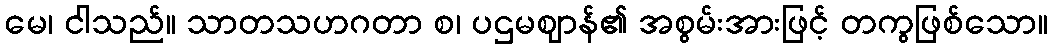
မေ၊ ငါသည်။ သာတသဟဂတာ စ၊ ပဌမဈာန်၏ အစွမ်းအားဖြင့် တကွဖြစ်သော။